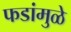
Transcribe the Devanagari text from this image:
फडांमुळे